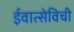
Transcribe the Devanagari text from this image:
ईवात्सेविची